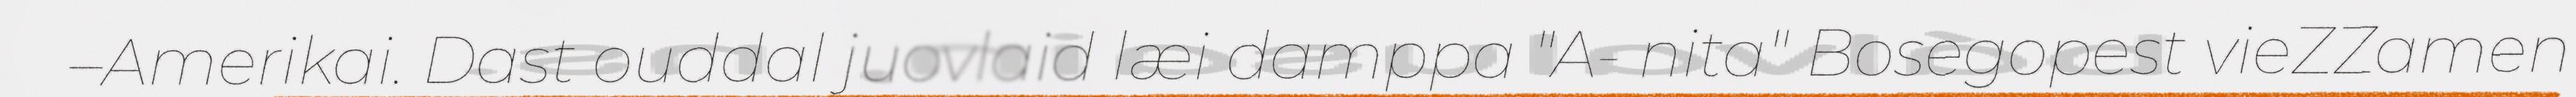
–Amerikai. Dast ouddal juovlaid læi damppa "A- nita" Bosegopest vieZZamen